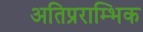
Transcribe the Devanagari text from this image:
अतिप्रराम्भिक